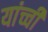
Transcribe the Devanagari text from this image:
यांच्ची